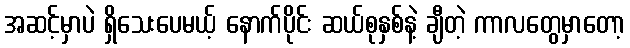
အဆင့်မှာပဲ ရှိသေးပေမယ့် နောက်ပိုင်း ဆယ်စုနှစ်နဲ့ ချီတဲ့ ကာလတွေမှာတော့